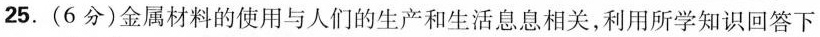
25.(6分)金属材料的使用与人们的生产和生活息息相关，利用所学知识回答下